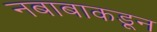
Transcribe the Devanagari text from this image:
नबाबाकडून